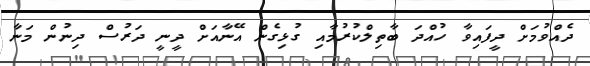
ދެއްވުމަށް ދީފައިވާ ހުއްދަ ބާތިލްކުރުމާއި ގުޅިގެން އޭނާއަށް ދީނީ ދަރުސް ދިނުން މަނާ